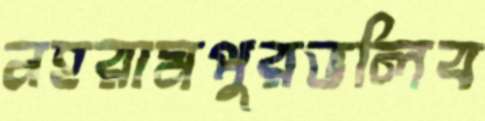
নহরামপুরভলিব